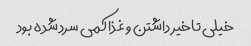
خیلی تاخیر داشتن و غذا کمی سرد شده بود